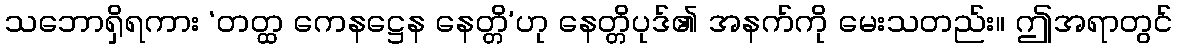
သဘောရှိရကား ‘တတ္ထ ကေနဋ္ဌေန နေတ္တိ’ဟု နေတ္တိပုဒ်၏ အနက်ကို မေးသတည်း။ ဤအရာတွင်